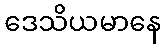
ဒေသိယမာနေ